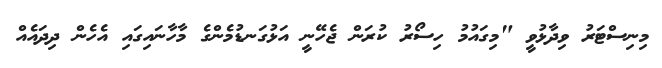
މިނިސްޓަރު ވިދާޅުވީ "މިގައުމު ހިސޯރު ކުރަން ޖެހޭނީ އަޅުގަނޑުމެންގެ މާހާނައިގައި އެހެން ދިދައެއް